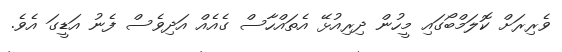
ވެރިރަށް ކޮލަމްބޯގައި މީހުން ދިރިއުޅޭ އެތައްހާސް ގެއެއް އަދިވެސް ފެނު އަޑީގަ އެވެ.